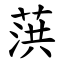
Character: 葓